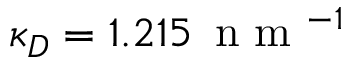
\kappa _ { D } = 1 . 2 1 5 \, \textrm { n m } ^ { - 1 }